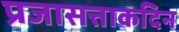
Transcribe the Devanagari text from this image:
प्रजासत्ताकदिन